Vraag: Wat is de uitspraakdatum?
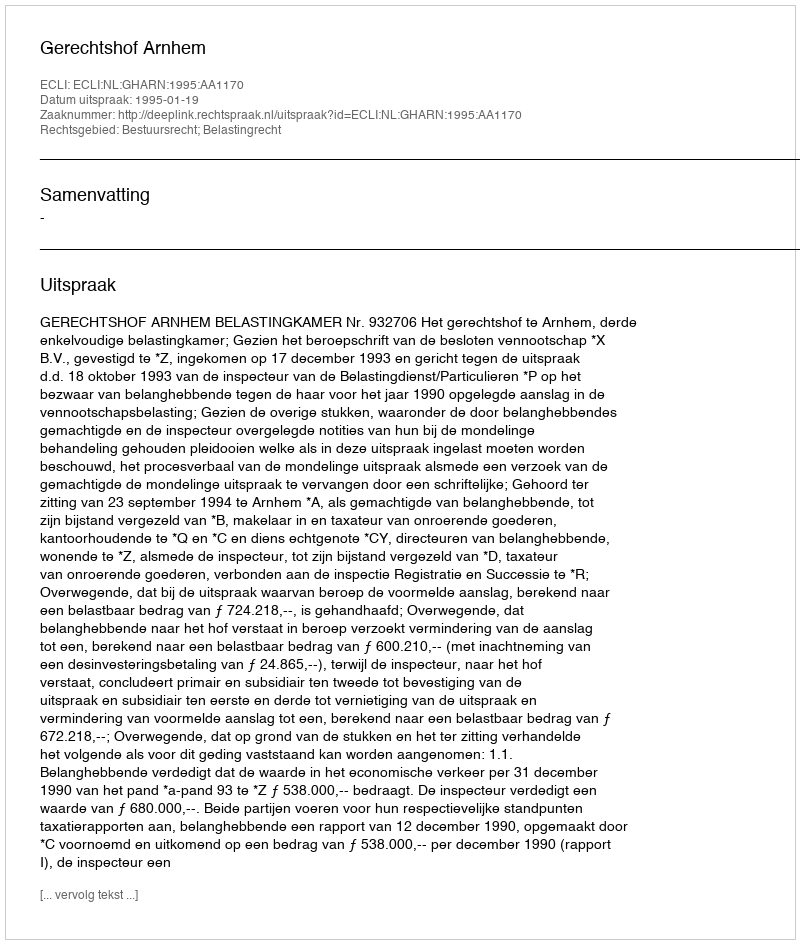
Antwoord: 1995-01-19